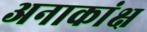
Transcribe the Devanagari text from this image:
अनाकांक्ष